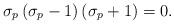
LaTeX: \begin{align*}\sigma _p\left( \sigma _p-1\right) \left( \sigma _p+1\right) =0 .\end{align*}